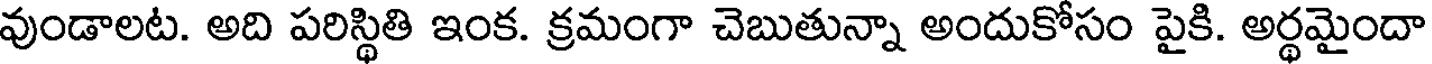
వుండాలట. అది పరిస్థితి ఇంక. క్రమంగా చెబుతున్నా అందుకోసం పైకి. అర్థమైందా